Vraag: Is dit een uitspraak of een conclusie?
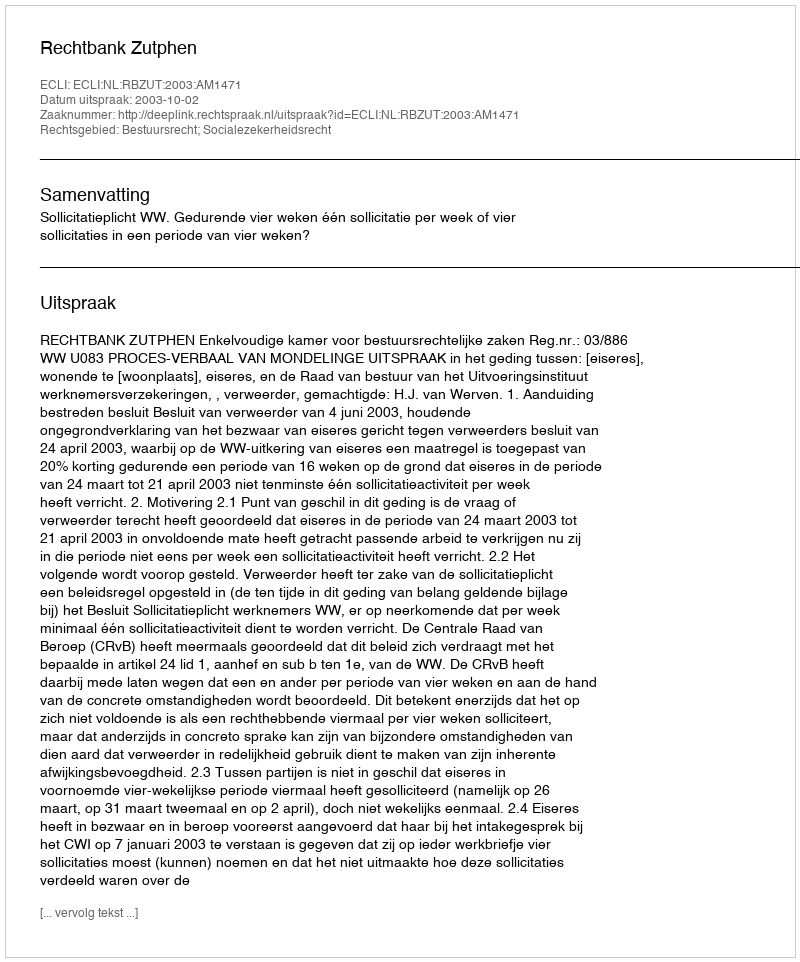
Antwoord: Uitspraak